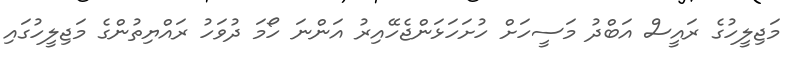
މަޖިލީހުގެ ރައީސް އަބްދު މަސީހަށް ހުށަހަޅަންޖެހޭއިރު އަންނަ ހޯމަ ދުވަހު ރައްޔިތުންގެ މަޖިލީހުގައި